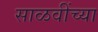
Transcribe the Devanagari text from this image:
साळवींच्या